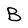
Character: B